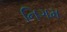
નિગમ